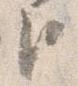
臣